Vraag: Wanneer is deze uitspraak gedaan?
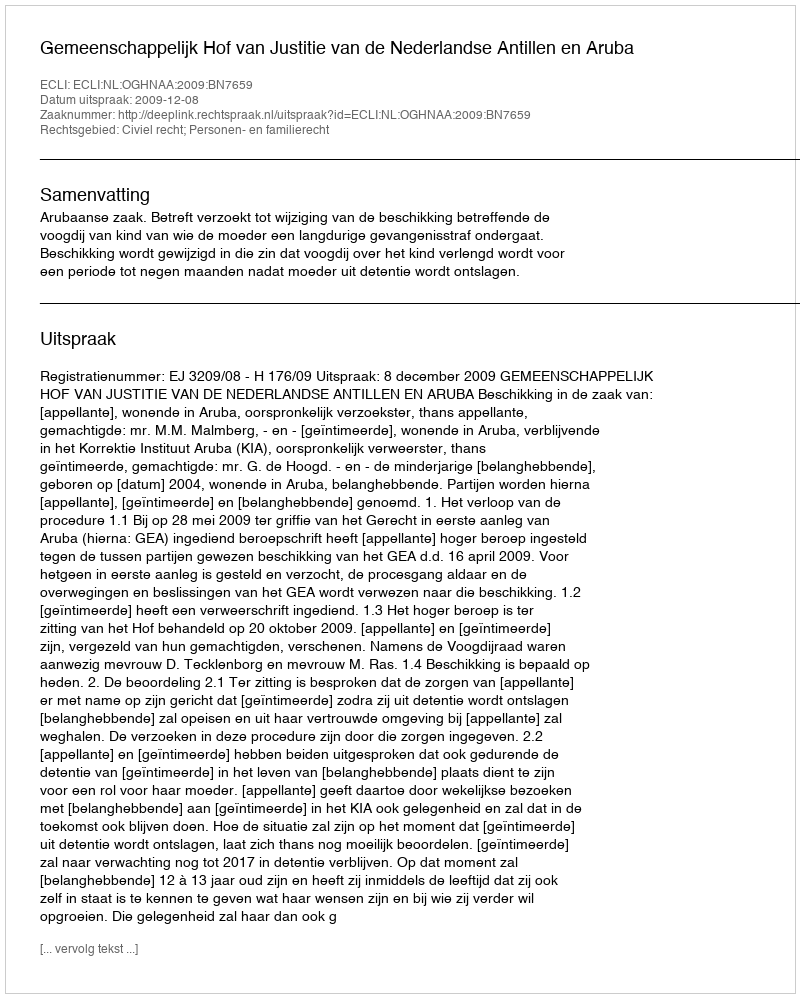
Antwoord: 2009-12-08